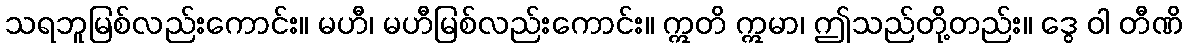
သရဘူမြစ်လည်းကောင်း။ မဟီ၊ မဟီမြစ်လည်းကောင်း။ ဣတိ ဣမာ၊ ဤသည်တို့တည်း။ ဒွေ ဝါ တီဏိ